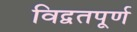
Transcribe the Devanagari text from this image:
विद्वतपूर्ण